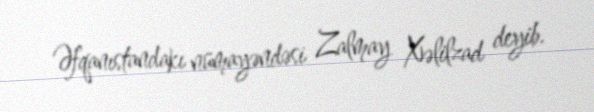
Əfqanıstandakı nümayəndəsi Zalmay Xəlilzad deyib.